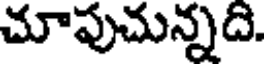
చూపుచున్నది.